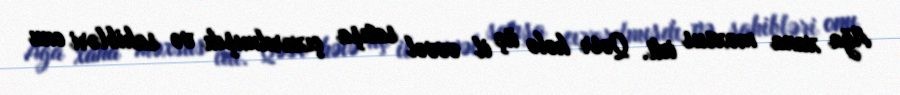
Ağa xana məxsus idi. Qəsr hələ üç il əvvəl satışa çıxarılmışdı və sahibləri onu